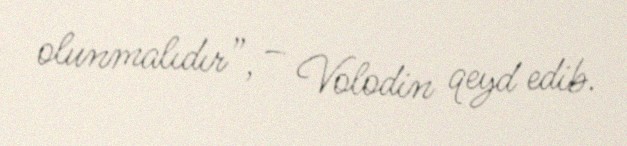
olunmalıdır”, – Volodin qeyd edib.